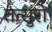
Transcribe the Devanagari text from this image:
तत्सुरो